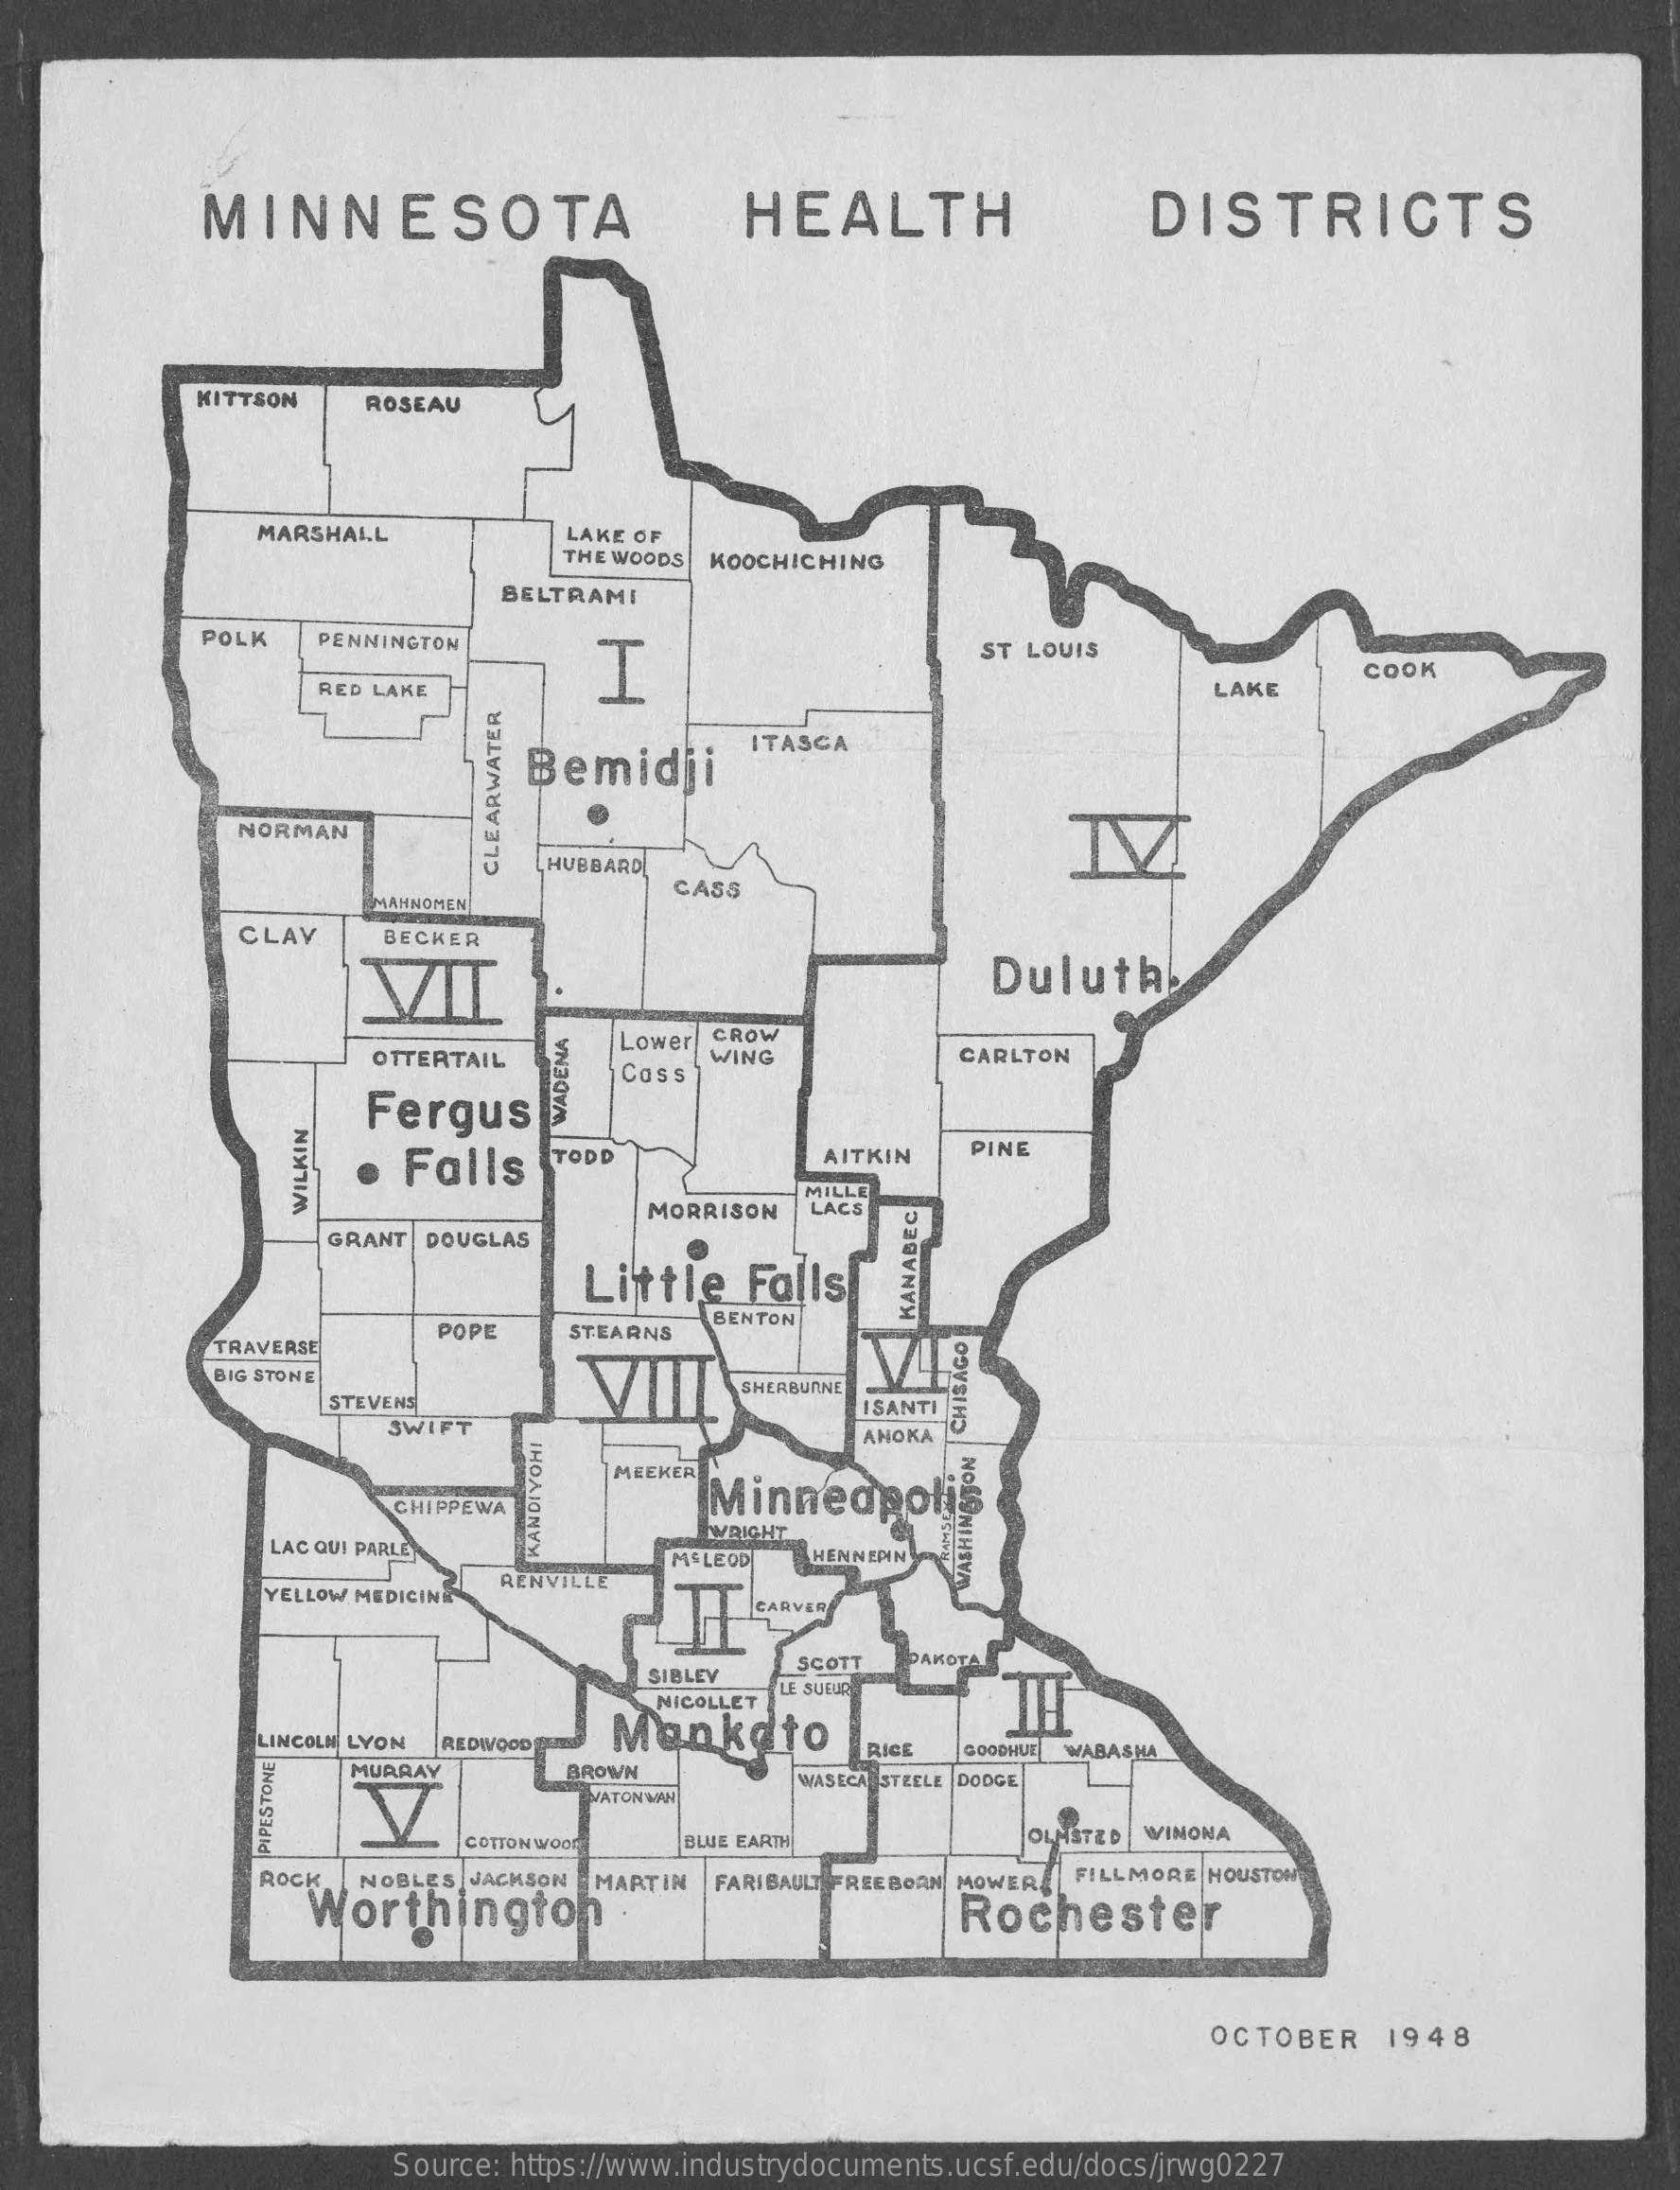
MINNESOTA    HEALTH    DISTRICTS
     KITTSON    ROSEAU
     MARSHALL    LAKE OF
     THE WOODS KOOCHICHING
     BELTRAMI
     POLK    PENNINGTON
     I
     ST LOUIS
     RED LAKE    LAKE
     COOK
     Bemidji
     ITASCA
     NORMAN
     HUBBARD
     CLEARWATER
     MAHNOMEN
     CASS
     CLAY    BECKER
     VZII    Duluth
     OTTERTAIL
     Lower
     CROW
     WING    CARLTON
     Fergus
     Coss WADENA
     Falls    TODD    AITKIN   PINE
     MORRISON
     MILLE
     LACS
     WILKIN
     GRANT DOUGLAS
     Little    Falls
     POPE    STEARNS
     BENTON
     KANABEC
     TRAVERSE
     BIG STONE
     STEVENS
     SHERBURNE
     ISANTI
     SWIFT    AHOKA
     CHISAGO
     MEEKER
     Minneapolis
     CHIPPEWA
     LAC QUI PARLE
     WRIGHT
     RENVILLE
     MSLEOD   HENNEPIN
     KANDIYOHI
     YELLOW MEDICINE
     WASHINGTON
     SIBLEY
     SCOTT  DAKOTA
     NICOLLET
     LE SUEUR
     LINCOLN LYON REDWOOD    Mankato
     MURRAY    BROWN
     RICE  GOODHUE WABASHA
     VATONWAH
     WASECA STEELE DODGE
     COTTON WOOD    BLUE EARTH    OLMSTED WINONA
     PIPESTONE
     ROCK   NOBLES JACKSON
     Worthington    .
     MARTIN   FARIBAULT FREEBORN MOWER FILLMORE HOUSTON
     Rochester
     OCTOBER    1948
     Source: https://www.industrydocuments.ucsf.edu/docs/jrwg0227